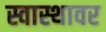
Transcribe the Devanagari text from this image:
स्वास्थावर